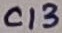
Text: C13